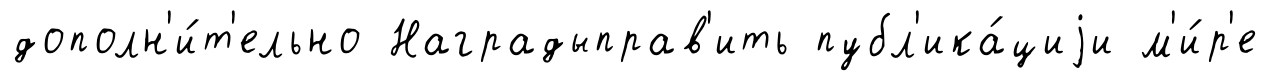
дополн'и́т'ельно Наградыправ'ить публ'ика́циjи м'и́р'е